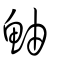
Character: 鮋